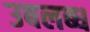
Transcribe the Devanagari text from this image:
उबलब्ध